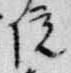
院